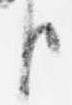
臣